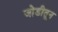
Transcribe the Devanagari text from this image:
जोडीतून